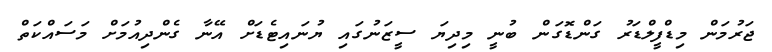
ޖަރުމަން މިޑްފީލްޑަރު ގަންޑޮގަން ބުނީ މިދިޔަ ސީޒަނުގައި ޔުނައިޓެޑަށް އޭނާ ގެންދިއުމަށް މަސައްކަތް